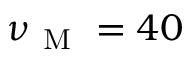
\nu _ { \mathrm { ~ M ~ } } = 4 0